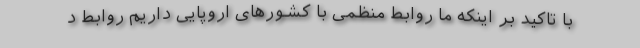
با تاکید بر اینکه ما روابط منظمی با کشورهای اروپایی داریم روابط د